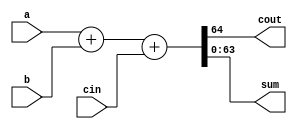
// Creating a scaleable adder

module adder_64(cout, sum, a, b, cin);
parameter size = 64;  /* declare a parameter. default required */
output cout;
output [size-1:0] sum; 	 // sum uses the size parameter
input cin;
input [size-1:0] a, b;  // 'a' and 'b' use the size parameter

assign {cout, sum} = a + b + cin;

endmodule